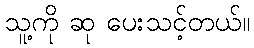
သူ့ကို ဆု ပေးသင့်တယ်။